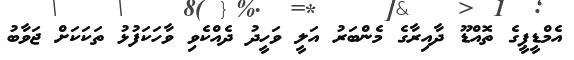
އެމްޑީޕީގެ ތޮއްޑޫ ދާއިރާގެ މެންބަރު އަލީ ވަހީދު ދެއްކެވި ވާހަކަފުޅު ތަކަކަށް ޖަވާބު